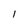
Character: 1